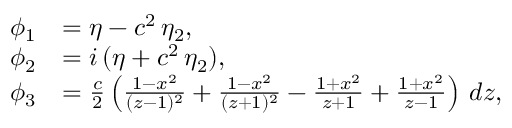
\begin{array} { r l } { \phi _ { 1 } } & { = \eta - c ^ { 2 } \, \eta _ { 2 } , } \\ { \phi _ { 2 } } & { = i \, ( \eta + c ^ { 2 } \, \eta _ { 2 } ) , } \\ { \phi _ { 3 } } & { = \frac { c } { 2 } \left( \frac { 1 - x ^ { 2 } } { ( z - 1 ) ^ { 2 } } + \frac { 1 - x ^ { 2 } } { ( z + 1 ) ^ { 2 } } - \frac { 1 + x ^ { 2 } } { z + 1 } + \frac { 1 + x ^ { 2 } } { z - 1 } \right) \, d z , } \end{array}